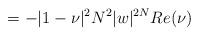
LaTeX: \begin{align*}=-|1-\nu|^2N^2|w|^{2N}Re(\nu)\end{align*}